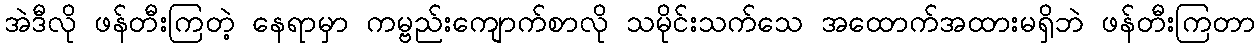
အဲဒီလို ဖန်တီးကြတဲ့ နေရာမှာ ကမ္ဗည်းကျောက်စာလို သမိုင်းသက်သေ အထောက်အထားမရှိဘဲ ဖန်တီးကြတာ